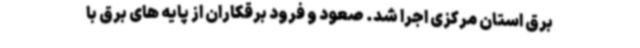
برق استان مرکزی اجرا شد. صعود و فرود برقکاران از پایه های برق با